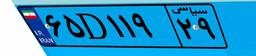
۹۵D۹۶۱۸۱